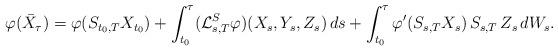
LaTeX: \begin{align*} \varphi( \bar{X}_\tau )& = \varphi( S_{ t_0, T } X_{ t_0 } ) + \int_{ t_0 }^\tau ( \mathcal{L}^S_{ s, T } \varphi )( X_s, Y_s, Z_s ) \, ds+ \int_{ t_0 }^\tau \varphi'( S_{ s, T } X_s ) \, S_{ s, T } \, Z_s \, dW_s .\end{align*}